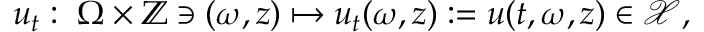
u _ { t } : \; \Omega \times \mathbb { Z } \ni ( \omega , z ) \mapsto u _ { t } ( \omega , z ) : = u ( t , \omega , z ) \in \mathcal { X } ,